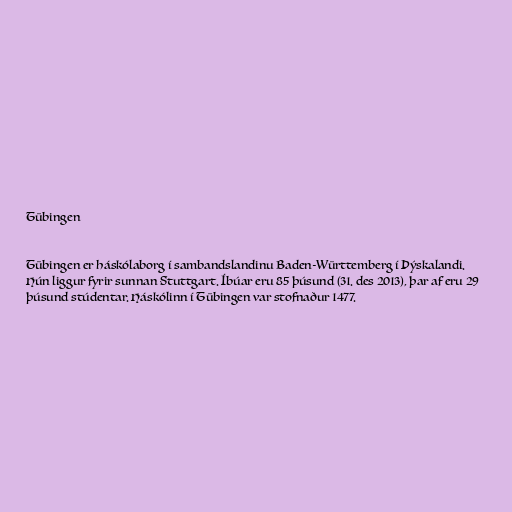
Tübingen

Tübingen er háskólaborg í sambandslandinu Baden-Württemberg í Þýskalandi.
Hún liggur fyrir sunnan Stuttgart. Íbúar eru 85 þúsund (31. des 2013), þar af eru 29
þúsund stúdentar. Háskólinn í Tübingen var stofnaður 1477.